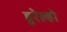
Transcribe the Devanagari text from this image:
हुरेल्हो